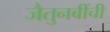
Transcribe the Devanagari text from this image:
जैतुनबींची